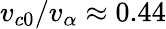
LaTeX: v_{c0}/v_{\alpha}\approx 0.44